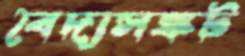
বৈদ্যসঙ্কট